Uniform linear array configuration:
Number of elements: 32
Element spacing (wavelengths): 0.25
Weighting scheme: binomial
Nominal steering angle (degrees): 45
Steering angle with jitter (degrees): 44.834
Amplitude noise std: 0.05
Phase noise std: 0.05

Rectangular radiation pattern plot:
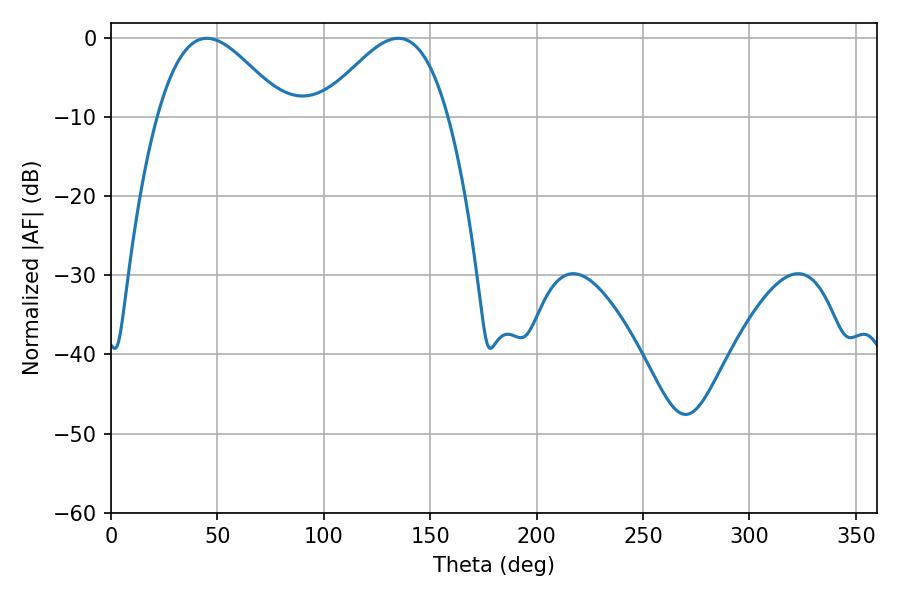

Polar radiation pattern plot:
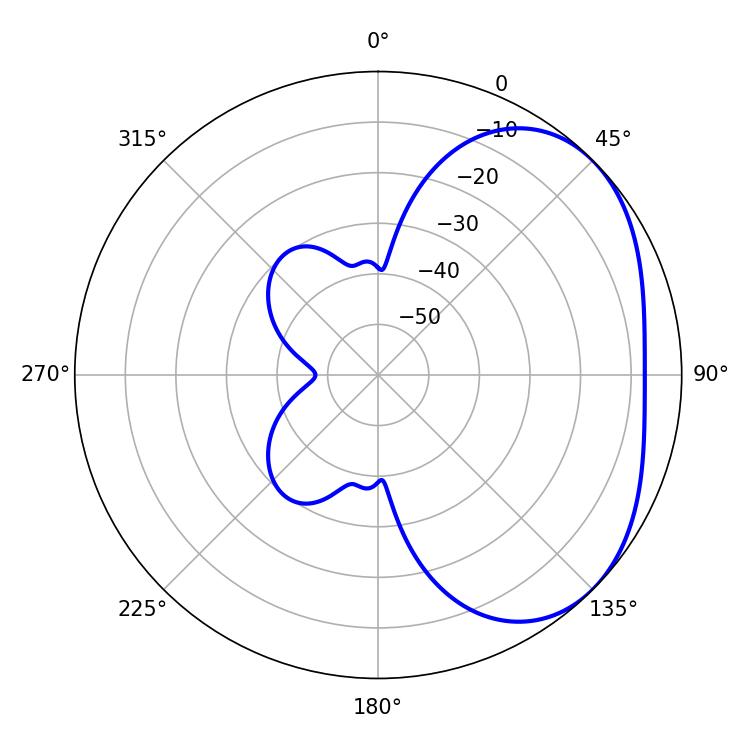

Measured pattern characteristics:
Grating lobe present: FALSE
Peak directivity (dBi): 3.246
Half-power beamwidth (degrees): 32.22
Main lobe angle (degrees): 45